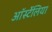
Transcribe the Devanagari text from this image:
ऑर्स्टेलिया